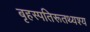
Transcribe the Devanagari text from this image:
बृहस्पतिरूतथ्यश्य